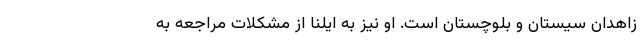
زاهدان سیستان و بلوچستان است. او نیز به ایلنا از مشکلات مراجعه به